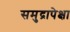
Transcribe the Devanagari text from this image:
समुद्रापेक्षा